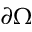
\partial \Omega